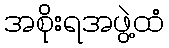
အစိုးရအဖွဲ့ထံ